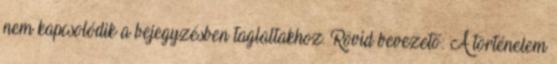
nem kapcsolódik a bejegyzésben taglaltakhoz. Rövid bevezető: A történelem